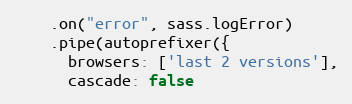
Language: JavaScript
    .on("error", sass.logError)
    .pipe(autoprefixer({
      browsers: ['last 2 versions'],
      cascade: false